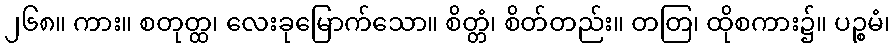
၂၆၈။ ကား။ စတုတ္ထ၊ လေးခုမြောက်သော။ စိတ္တံ၊ စိတ်တည်း။ တတြ၊ ထိုစကား၌။ ပဉ္စမံ၊